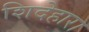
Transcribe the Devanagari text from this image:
शिदेहारा